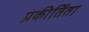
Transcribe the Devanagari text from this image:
प्रकीर्तिता